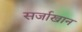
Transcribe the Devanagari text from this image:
सर्जाखान